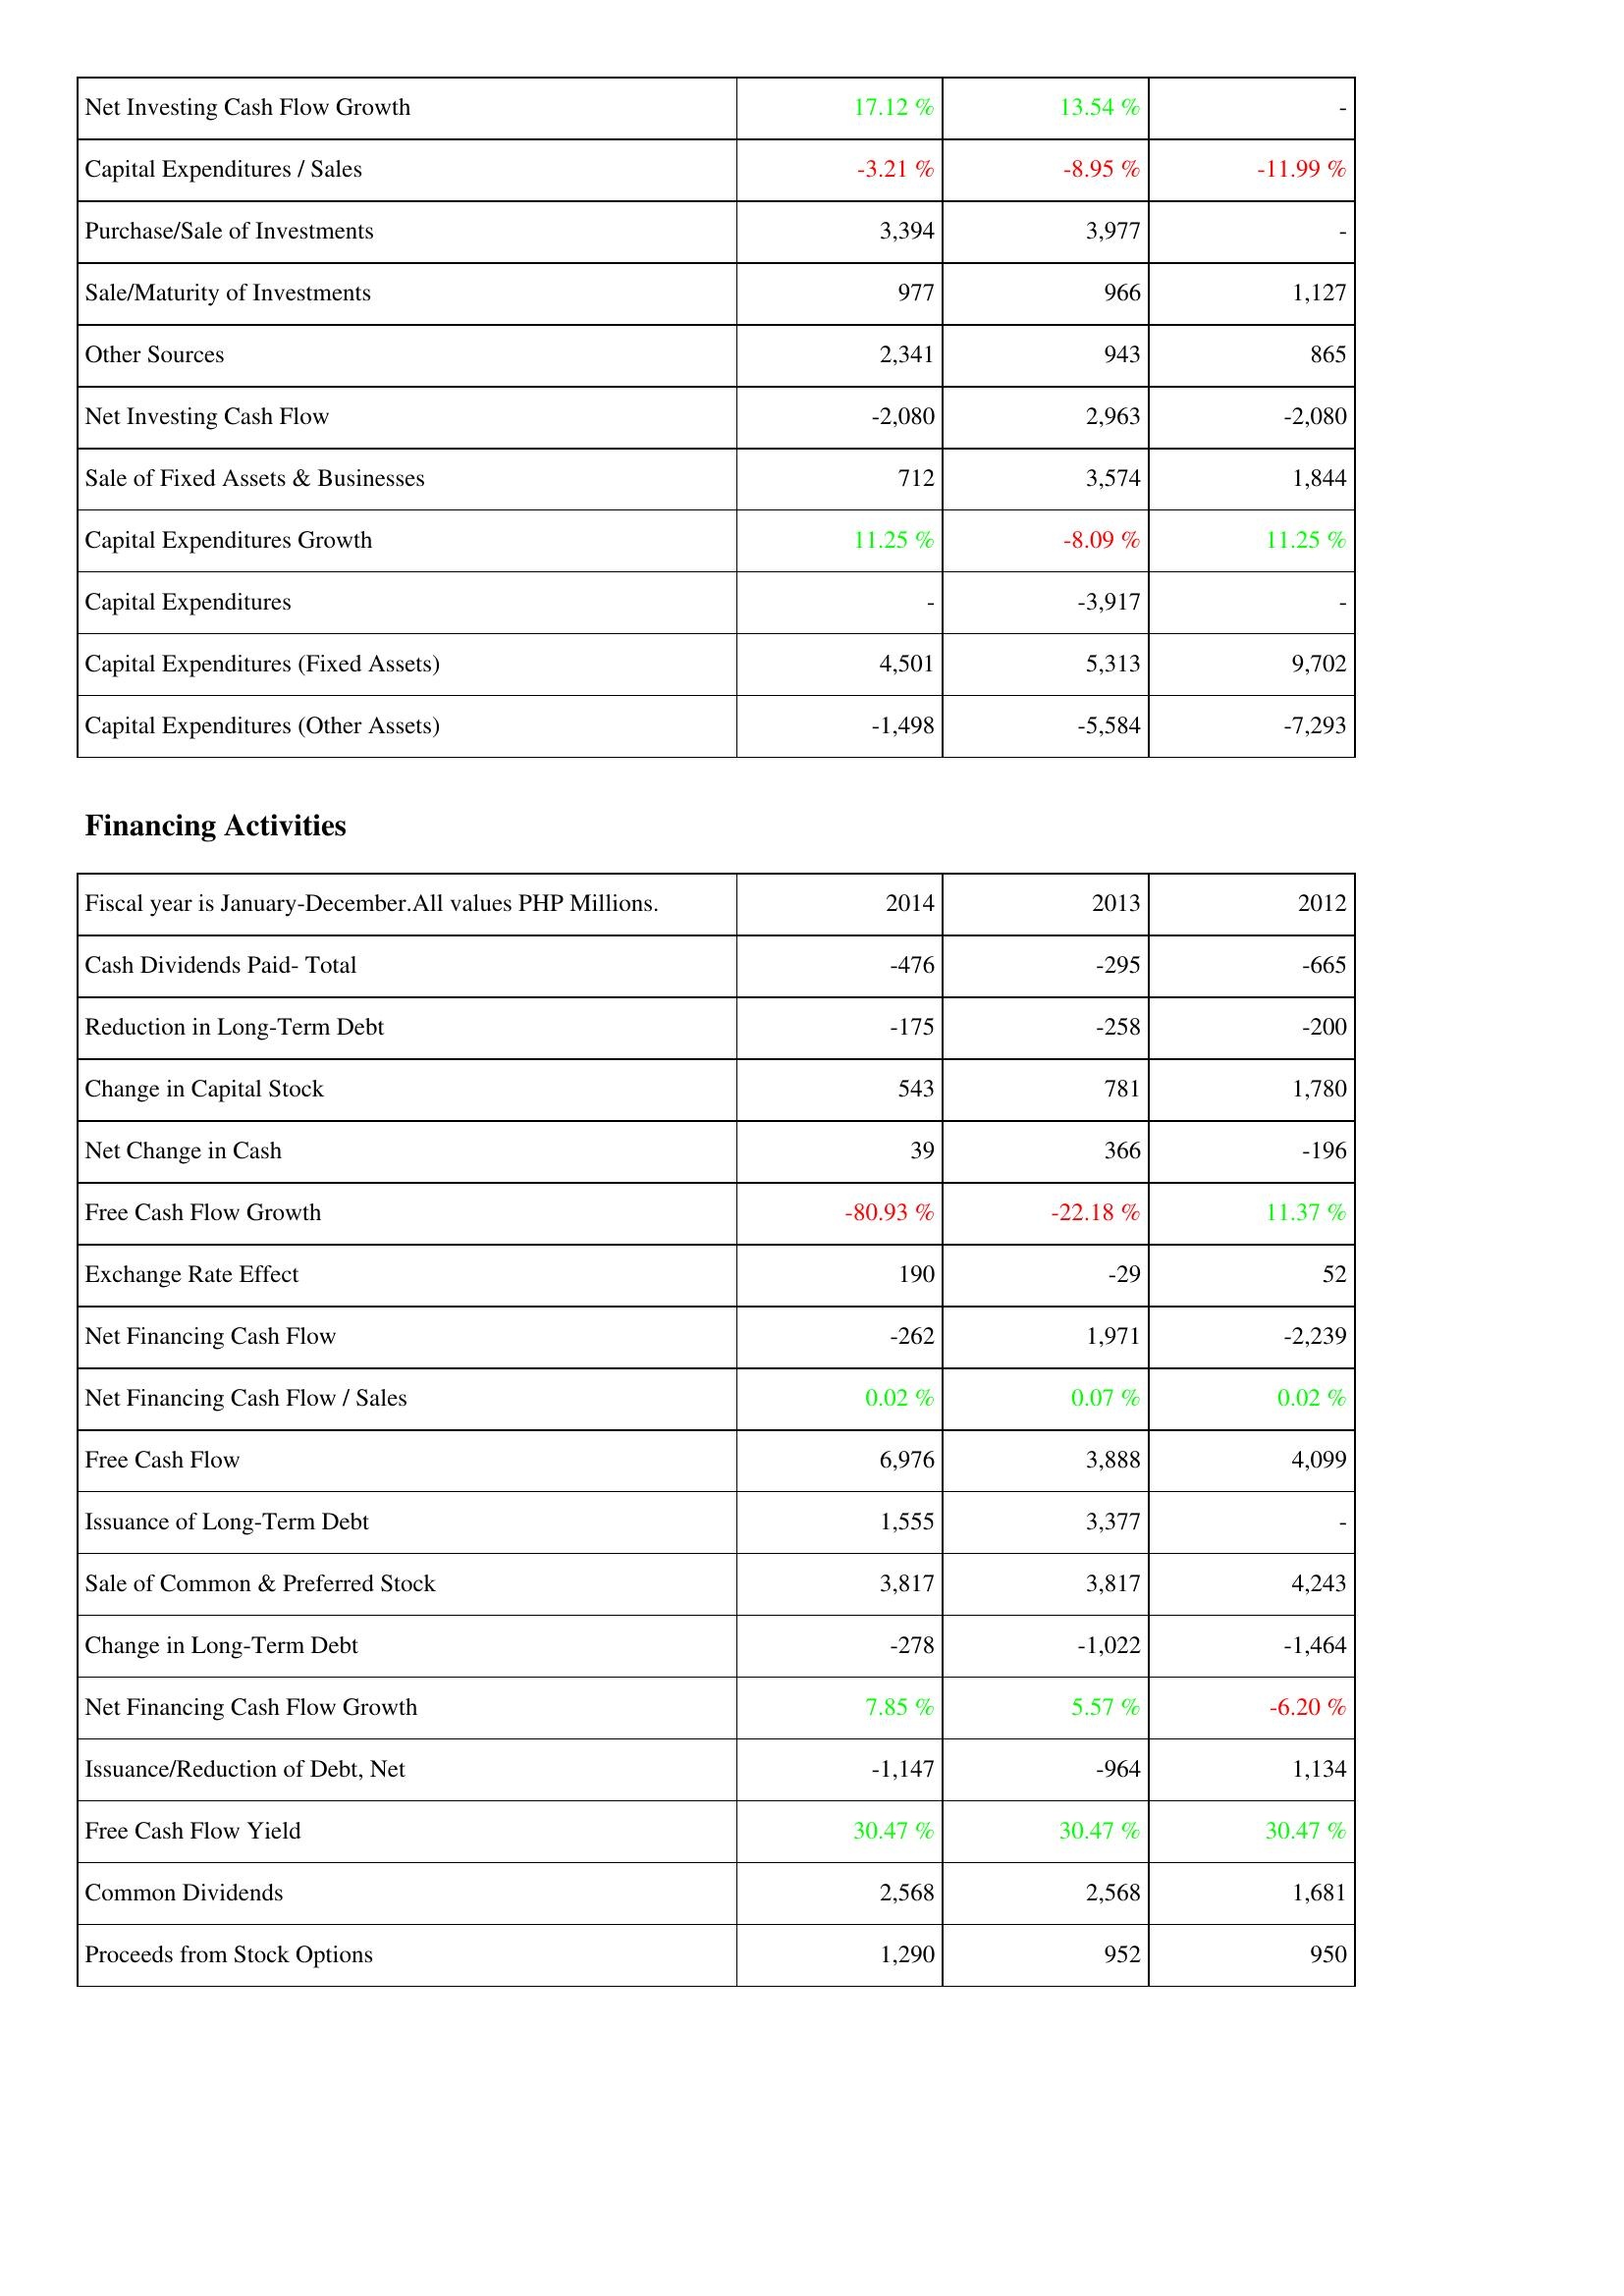
2014: Investing Activities: Net Investing Cash Flow Growth: 17.12 %
Capital Expenditures / Sales: -3.21 %
Purchase/Sale of Investments: 3,394
Sale/Maturity of Investments: 977
Other Sources: 2,341
Net Investing Cash Flow: -2,080
Sale of Fixed Assets & Businesses: 712
Capital Expenditures Growth: 11.25 %
Capital Expenditures: -
Capital Expenditures (Fixed Assets): 4,501
Capital Expenditures (Other Assets): -1,498
Financing Activities: Cash Dividends Paid- Total: -476
Reduction in Long-Term Debt: -175
Change in Capital Stock: 543
Net Change in Cash: 39
Free Cash Flow Growth: -80.93 %
Exchange Rate Effect: 190
Net Financing Cash Flow: -262
Net Financing Cash Flow / Sales: 0.02 %
Free Cash Flow: 6,976
Issuance of Long-Term Debt: 1,555
Sale of Common & Preferred Stock: 3,817
Change in Long-Term Debt: -278
Net Financing Cash Flow Growth: 7.85 %
Issuance/Reduction of Debt, Net: -1,147
Free Cash Flow Yield: 30.47 %
Common Dividends: 2,568
Proceeds from Stock Options: 1,290
2013: Investing Activities: Net Investing Cash Flow Growth: 13.54 %
Capital Expenditures / Sales: -8.95 %
Purchase/Sale of Investments: 3,977
Sale/Maturity of Investments: 966
Other Sources: 943
Net Investing Cash Flow: 2,963
Sale of Fixed Assets & Businesses: 3,574
Capital Expenditures Growth: -8.09 %
Capital Expenditures: -3,917
Capital Expenditures (Fixed Assets): 5,313
Capital Expenditures (Other Assets): -5,584
Financing Activities: Cash Dividends Paid- Total: -295
Reduction in Long-Term Debt: -258
Change in Capital Stock: 781
Net Change in Cash: 366
Free Cash Flow Growth: -22.18 %
Exchange Rate Effect: -29
Net Financing Cash Flow: 1,971
Net Financing Cash Flow / Sales: 0.07 %
Free Cash Flow: 3,888
Issuance of Long-Term Debt: 3,377
Sale of Common & Preferred Stock: 3,817
Change in Long-Term Debt: -1,022
Net Financing Cash Flow Growth: 5.57 %
Issuance/Reduction of Debt, Net: -964
Free Cash Flow Yield: 30.47 %
Common Dividends: 2,568
Proceeds from Stock Options: 952
2012: Investing Activities: Net Investing Cash Flow Growth: -
Capital Expenditures / Sales: -11.99 %
Purchase/Sale of Investments: -
Sale/Maturity of Investments: 1,127
Other Sources: 865
Net Investing Cash Flow: -2,080
Sale of Fixed Assets & Businesses: 1,844
Capital Expenditures Growth: 11.25 %
Capital Expenditures: -
Capital Expenditures (Fixed Assets): 9,702
Capital Expenditures (Other Assets): -7,293
Financing Activities: Cash Dividends Paid- Total: -665
Reduction in Long-Term Debt: -200
Change in Capital Stock: 1,780
Net Change in Cash: -196
Free Cash Flow Growth: 11.37 %
Exchange Rate Effect: 52
Net Financing Cash Flow: -2,239
Net Financing Cash Flow / Sales: 0.02 %
Free Cash Flow: 4,099
Issuance of Long-Term Debt: -
Sale of Common & Preferred Stock: 4,243
Change in Long-Term Debt: -1,464
Net Financing Cash Flow Growth: -6.20 %
Issuance/Reduction of Debt, Net: 1,134
Free Cash Flow Yield: 30.47 %
Common Dividends: 1,681
Proceeds from Stock Options: 950